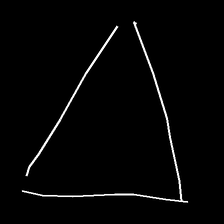
Glyph: convergence